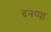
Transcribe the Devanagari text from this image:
दनप्पा